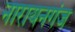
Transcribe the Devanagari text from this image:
नारायनगंज